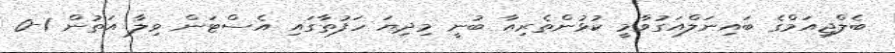
ބެލްޖިއަމްގެ ބައިނަލްއަގުވާމީ ކުޅުންތެރިއާ ބުނީ މިދިޔަ ހަފުތާގައި އެސްޓަން ވިލާ އަތުން 1-0